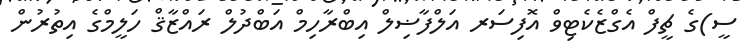
ސީ)ގެ ޗީފް އެގްޒެކެޓިވް އޮފިސަރ އަލްފާޟިލް އިބްރާހިމް އަބްދުލް ރައްޒާޤް ހަލީމްގެ އިތުރުން